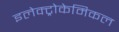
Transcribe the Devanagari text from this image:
इलेक्ट्रोकेमिकल